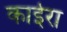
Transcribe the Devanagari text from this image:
काईरा